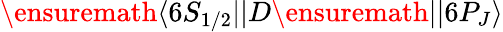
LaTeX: \ensuremath{\langle 6S_{1/2}||}D\ensuremath{||6P_{J}\rangle}